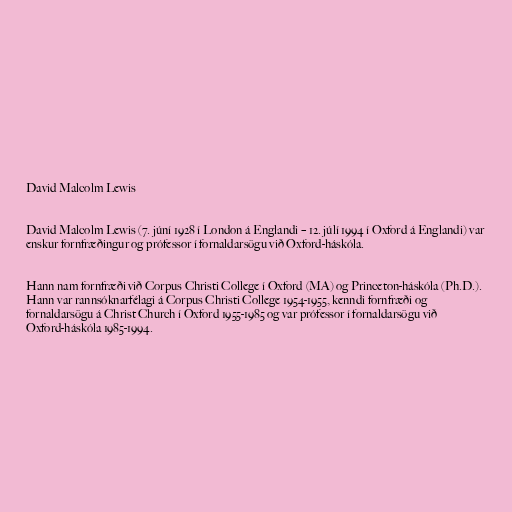
David Malcolm Lewis

David Malcolm Lewis (7. júní 1928 í London á Englandi – 12. júlí 1994 í Oxford á Englandi) var
enskur fornfræðingur og prófessor í fornaldarsögu við Oxford-háskóla.

Hann nam fornfræði við Corpus Christi College í Oxford (MA) og Princeton-háskóla (Ph.D.).
Hann var rannsóknarfélagi á Corpus Christi College 1954-1955, kenndi fornfræði og
fornaldarsögu á Christ Church í Oxford 1955-1985 og var prófessor í fornaldarsögu við
Oxford-háskóla 1985-1994.